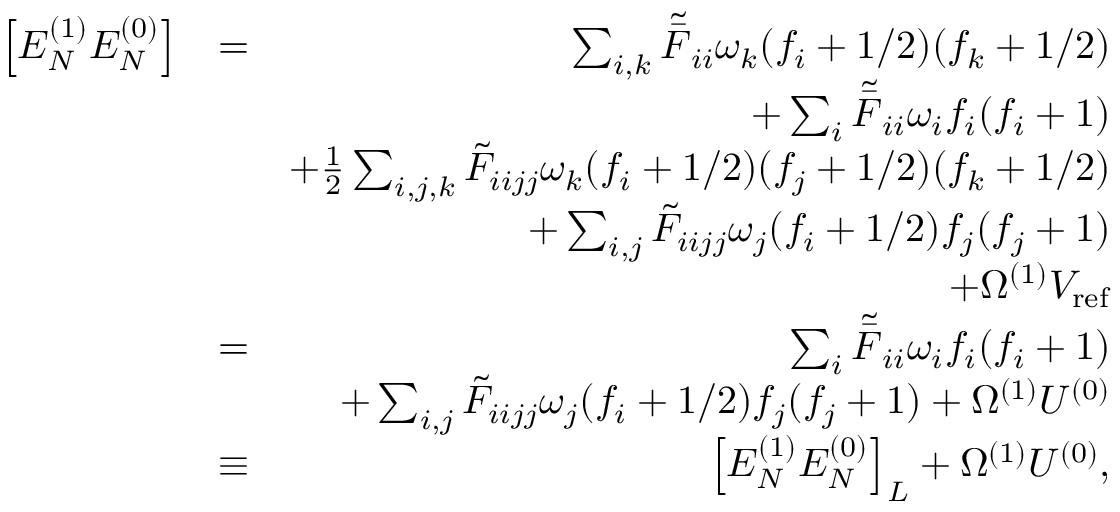
\begin{array} { r l r } { \left[ E _ { N } ^ { ( 1 ) } E _ { N } ^ { ( 0 ) } \right] } & { = } & { \sum _ { i , k } \tilde { \bar { F } } _ { i i } \omega _ { k } ( f _ { i } + 1 / 2 ) ( f _ { k } + 1 / 2 ) } \\ & { } & { + \sum _ { i } \tilde { \bar { F } } _ { i i } \omega _ { i } f _ { i } ( f _ { i } + 1 ) } \\ & { } & { + \frac { 1 } { 2 } \sum _ { i , j , k } \tilde { F } _ { i i j j } \omega _ { k } ( f _ { i } + 1 / 2 ) ( f _ { j } + 1 / 2 ) ( f _ { k } + 1 / 2 ) } \\ & { } & { + \sum _ { i , j } \tilde { F } _ { i i j j } \omega _ { j } ( f _ { i } + 1 / 2 ) f _ { j } ( f _ { j } + 1 ) } \\ & { } & { + \Omega ^ { ( 1 ) } V _ { \mathrm { r e f } } } \\ & { = } & { \sum _ { i } \tilde { \bar { F } } _ { i i } \omega _ { i } f _ { i } ( f _ { i } + 1 ) } \\ & { } & { + \sum _ { i , j } \tilde { F } _ { i i j j } \omega _ { j } ( f _ { i } + 1 / 2 ) f _ { j } ( f _ { j } + 1 ) + \Omega ^ { ( 1 ) } U ^ { ( 0 ) } } \\ & { \equiv } & { \left[ E _ { N } ^ { ( 1 ) } E _ { N } ^ { ( 0 ) } \right] _ { L } + \Omega ^ { ( 1 ) } U ^ { ( 0 ) } , } \end{array}